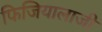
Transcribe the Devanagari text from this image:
फिजियालाजी